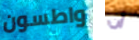
واطسون أن